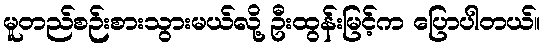
မူတည်စဉ်းစားသွားမယ်လို့ ဦးထွန်းမြင့်က ပြောပါတယ်။